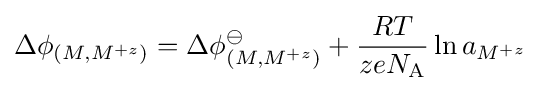
\Delta \phi _{(M,M^{+z})}=\Delta \phi _{(M,M^{+z})}^{\ominus }+{\frac {RT}{zeN_{\text{A}}}}\ln a_{M^{+z}}\,\!